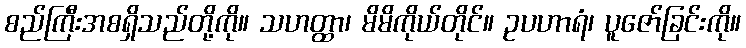
စည်ကြီးအစရှိသည်တို့ကို။ သဟတ္ထာ၊ မိမိကိုယ်တိုင်။ ဥပဟာရံ၊ ပူဇော်ခြင်းကို။